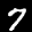
Label: 7